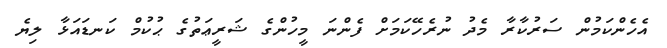
އެހެންކަމުން ސަރުކާރާ މެދު ނުރެހޭކަމަށް ފެންނަ މީހުންގެ ޝަރީޢަތުގެ ޙުކުމް ކަނޑައަޅާ ލިޔެ